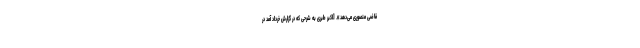
قاضی منصوری می‌دهد». [اکبر طبری به شرحی که در گزارش خرداد آمد در